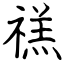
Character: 禚